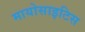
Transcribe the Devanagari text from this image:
मायोसाइटिस